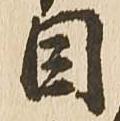
目